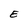
Character: E